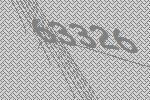
63326